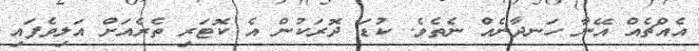
އެއްޗެއް އޭނާ ހަނދާނެއް ނެތެވެ. ކުޑަ ދޮރަކުން އެ ކޮޓަރި ތެރެއަށް އަލިވެފައި